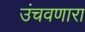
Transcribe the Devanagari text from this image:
उंचवणारा